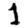
Digit: 1